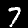
Digit: 7